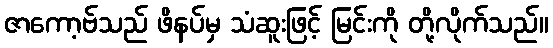
ဇာကော့ဗ်သည် ဖိနပ်မှ သံဆူးဖြင့် မြင်းကို တို့လိုက်သည်။